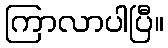
ကြာလာပါပြီ။